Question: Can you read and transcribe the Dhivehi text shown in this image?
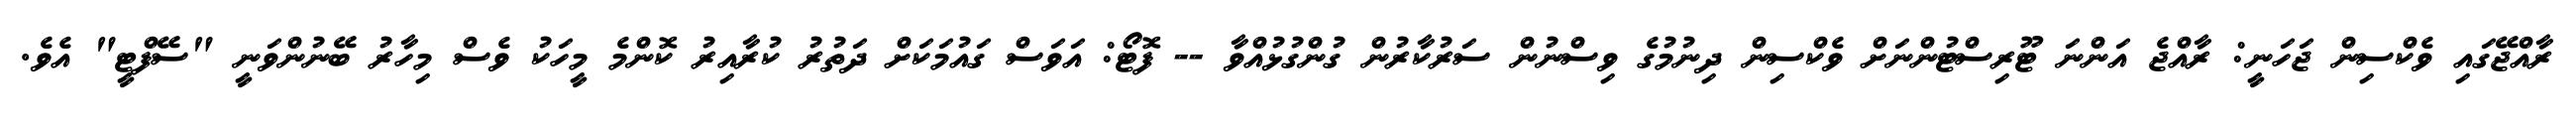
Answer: ރާއްޖޭގައި ވެކްސިން ޖަހަނީ: ރާއްޖެ އަންނަ ޓޫރިސްޓުންނަށް ވެކްސިން ދިނުމުގެ ވިސްނުން ސަރުކާރުން ގުންގުޅުއްވާ -- ފޮޓޯ: އަވަސް ގައުމަކަށް ދަތުރު ކުރާއިރު ކޮންމެ މީހަކު ވެސް މިހާރު ބޭނުންވަނީ "ސޭފްޓީ" އެވެ.